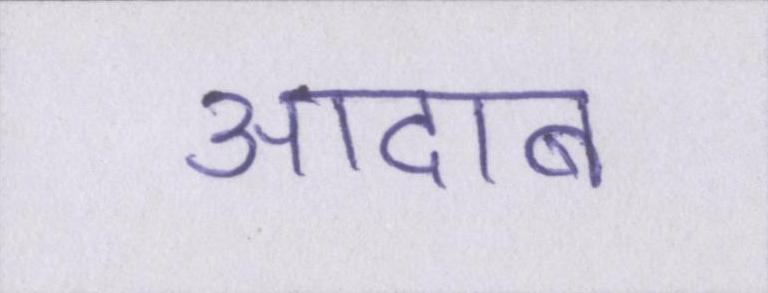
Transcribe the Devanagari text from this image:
आदाब